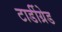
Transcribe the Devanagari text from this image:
टार्डीग्रेड